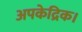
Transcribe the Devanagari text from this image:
अपकेद्रिक।